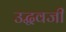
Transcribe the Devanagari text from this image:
उद्धवजी